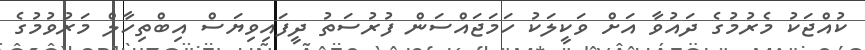
ކުއްޖަކު މެރުމުގެ ދައުވާ އަށް ވަކީލަކު ހަމަޖައްސަން ފުރުސަތު ދީފައިވިޔަސް އިބްތިހާލް މަރުވުމުގެ